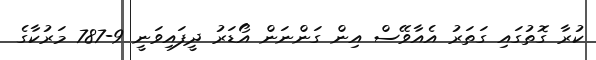
ކުރާ ގޮތުގައި ގަތަރު އެއާވޭސް އިން ގަންނަން އޯޑަރު ދީފައިވަނީ 9-787 މަރުކާގެ